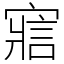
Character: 寣